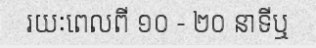
រយៈពេលពី ១០ - ២០ នាទីឬ